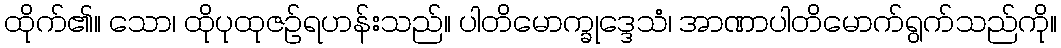
ထိုက်၏။ သော၊ ထိုပုထုဇဉ်ရဟန်းသည်။ ပါတိမောက္ခုဒ္ဒေသံ၊ အာဏာပါတိမောက်ရွက်သည်ကို။